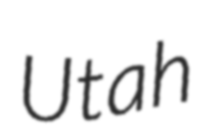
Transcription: Utah